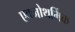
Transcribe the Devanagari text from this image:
एक्जोथर्मिक